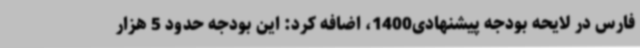
فارس در لایحه بودجه پیشنهادی1400، اضافه کرد: این بودجه حدود 5 هزار